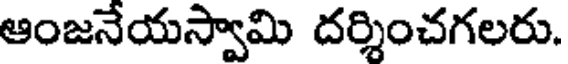
ఆంజనేయస్వామి దర్శించగలరు.